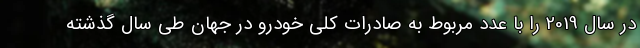
در سال 2019 را با عدد مربوط به صادرات کلی خودرو در جهان طی سال گذشته